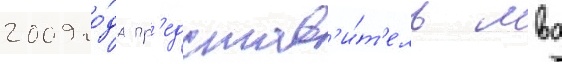
2009 го́да пр'едстав'и́т'ель мвд